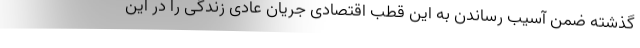
گذشته ضمن آسیب رساندن به این قطب اقتصادی جریان عادی زندگی را در این